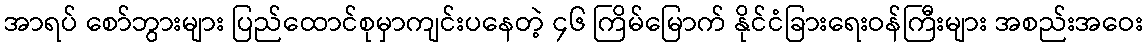
အာရပ် စော်ဘွားများ ပြည်ထောင်စုမှာကျင်းပနေတဲ့ ၄၆ ကြိမ်မြောက် နိုင်ငံခြားရေးဝန်ကြီးများ အစည်းအဝေး